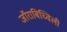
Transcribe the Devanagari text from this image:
जॉराबिच्विली